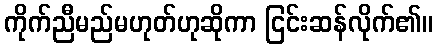
ကိုက်ညီမည်မဟုတ်ဟုဆိုကာ ငြင်းဆန်လိုက်၏။